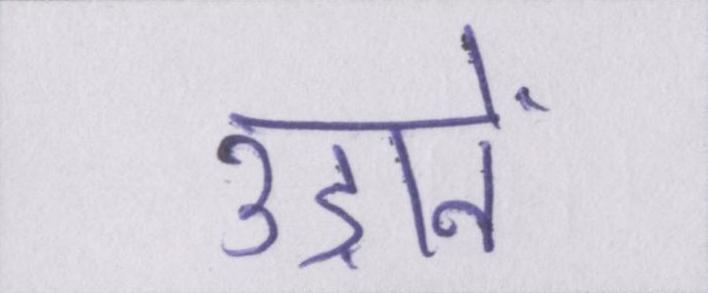
उड़ानें